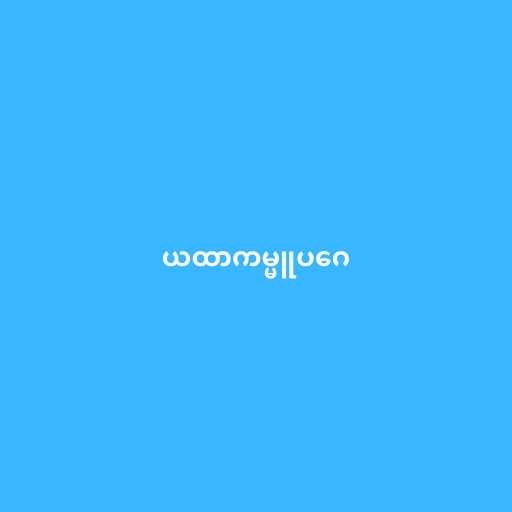
ယထာကမ္မူပဂေ